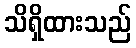
သိရှိထားသည်